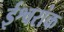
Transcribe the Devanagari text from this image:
ईश्वरांक